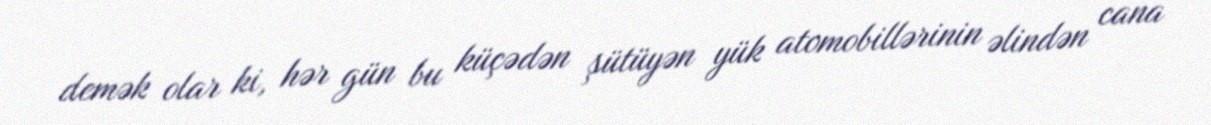
demək olar ki, hər gün bu küçədən şütüyən yük atomobillərinin əlindən cana